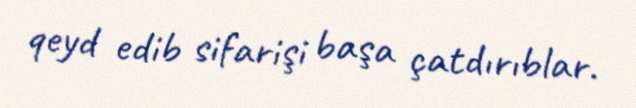
qeyd edib sifarişi başa çatdırıblar.